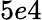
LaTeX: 5e4